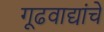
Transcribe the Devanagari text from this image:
गूढवाद्यांचे